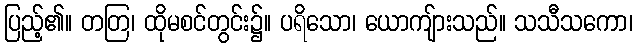
ပြည့်၏။ တတြ၊ ထိုမစင်တွင်း၌။ ပရိသော၊ ယောကျ်ားသည်။ သသီသကော၊